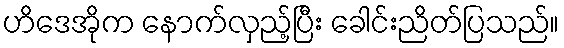
ဟိဒေအိုက နောက်လှည့်ပြီး ခေါင်းညိတ်ပြသည်။